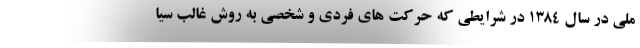
ملی در سال ۱۳۸۴ در شرایطی که حرکت های فردی و شخصی به روش غالب سیا